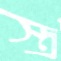
স্ত্র